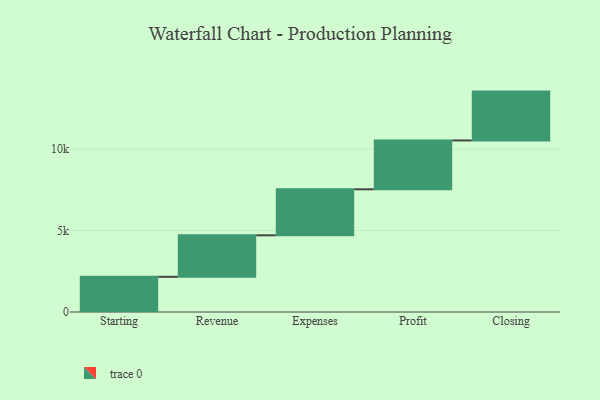
{"axis": {"x": "Step", "y": "Value"}, "legend": [""], "data": [{"x": "Starting", "y": 2160.0, "type": ""}, {"x": "Revenue", "y": 2549.0, "type": ""}, {"x": "Expenses", "y": 2826.0, "type": ""}, {"x": "Profit", "y": 3000, "type": ""}, {"x": "Closing", "y": 3000, "type": ""}]}